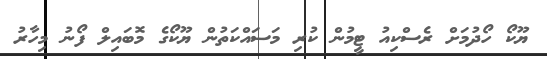
ޔޫކޯ ހޯދުމަށް ރެސްކިއު ޓީމުން ކުރި މަސައްކަތުން ޔޫކޯގެ މޮބައިލް ފޯނު މިހާރު